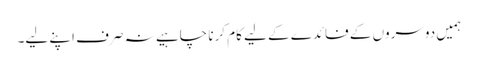
ہمیں دوسروں کے فائدے کے لیے کام کرنا چاہیے نہ صرف اپنے لیے۔